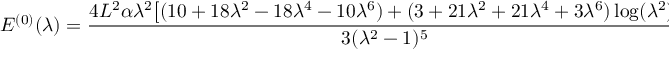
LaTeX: E ^ { ( 0 ) } ( \lambda ) = \frac { 4 L ^ { 2 } \alpha \lambda ^ { 2 } \bigl [ ( 1 0 + 1 8 \lambda ^ { 2 } - 1 8 \lambda ^ { 4 } - 1 0 \lambda ^ { 6 } ) + ( 3 + 2 1 \lambda ^ { 2 } + 2 1 \lambda ^ { 4 } + 3 \lambda ^ { 6 } ) \log ( \lambda ^ { 2 } ) \bigr ] } { 3 ( \lambda ^ { 2 } - 1 ) ^ { 5 } } ,